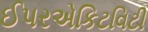
ઈપરએકિટવિટી